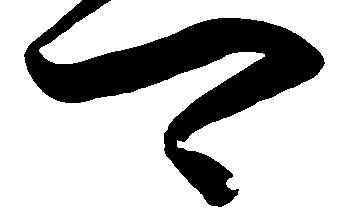
可